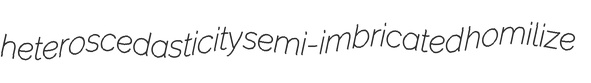
heteroscedasticity semi-imbricated homilize